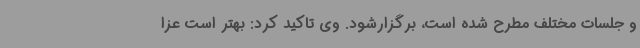
و جلسات مختلف مطرح شده است، برگزارشود. وی تاکید کرد: بهتر است عزا